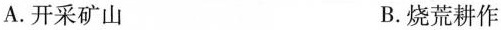
A.开采矿山 B.烧荒耕作